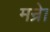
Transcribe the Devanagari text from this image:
मन्रेा